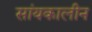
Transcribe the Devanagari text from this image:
सांयकालीन